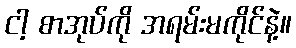
ငါ့ စာအုပ်ကို အရမ်းမကိုင်နဲ့။